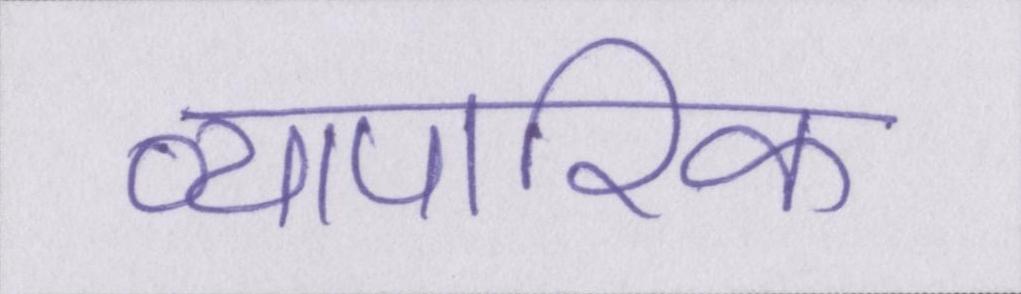
व्यापारिक